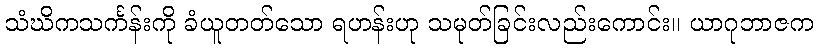
သံဃိကသင်္ကန်းကို ခံယူတတ်သော ရဟန်းဟု သမုတ်ခြင်းလည်းကောင်း။ ယာဂုဘာဇက